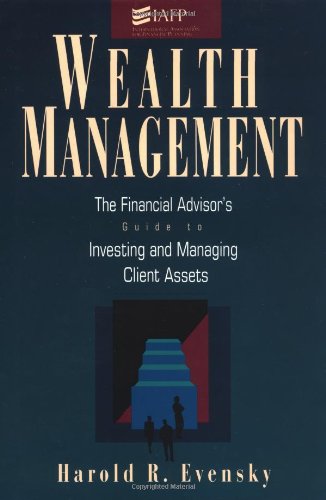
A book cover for Wealth Management: The Financial Advisor's Guide to Investing and Managing Client Assets; Harold Evensky; Business & Money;